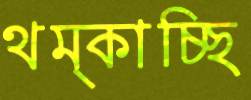
থম্‌কাচ্ছি